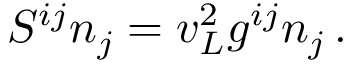
{ \cal S } ^ { i j } n _ { j } = v _ { L } ^ { 2 } g ^ { i j } n _ { j } \, .